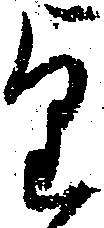
望